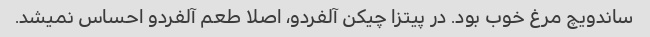
ساندویچ مرغ خوب بود. در پیتزا چیکن آلفردو، اصلا طعم آلفردو احساس نمیشد.